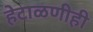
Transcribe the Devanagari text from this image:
हेटाळणीही